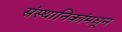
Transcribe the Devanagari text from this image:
संस्थानिकांमधून